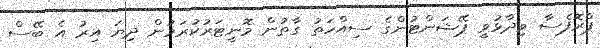
ޕްރޮފެސާ ވިދާޅުވީ ޕޭޝަންޓުންގެ ސިއްހަތު ގާތުން މޮނީޓަރުކުރަމުން ދިޔަ އިރު އެ ބޭސް